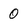
Character: 0